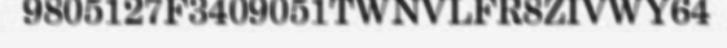
9805127F3409051TWNVLFR8ZIVWY64